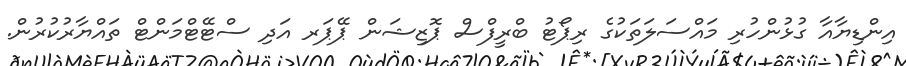
އިންޑިޔާއާ ގުޅުންހުރި މައްސަލަތަކުގެ ރިޕޯޓު ބްރީފްސް ޕޮޒިޝަން ޕޭޕަރ އަދި ސްޓޭޓްމަންޓް ތައްޔާރުކުރުން.